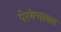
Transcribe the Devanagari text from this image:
पेरंक्यामल